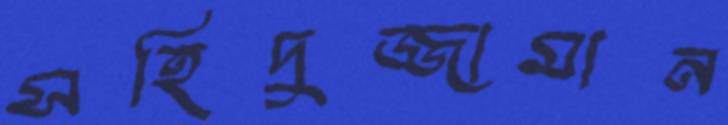
সহিদুজ্জামান